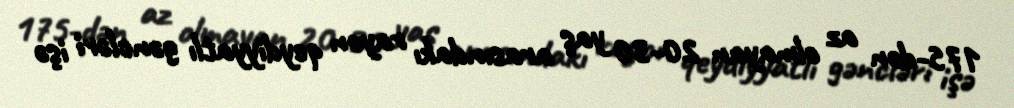
175-dən az olmayan 20-30 yaş arasındakı rayon qeydiyyatlı gəncləri işə